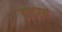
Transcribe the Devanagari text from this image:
वादस्य